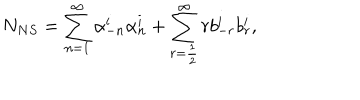
LaTeX: N _ { N S } = \sum _ { n = 1 } ^ { \infty } \alpha _ { - n } ^ { i } \alpha _ { n } ^ { i } + \sum _ { r = \frac { 1 } { 2 } } ^ { \infty } r b _ { - r } ^ { i } b _ { r } ^ { i } ,